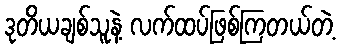
ဒုတိယချစ်သူနဲ့ လက်ထပ်ဖြစ်ကြတယ်တဲ့